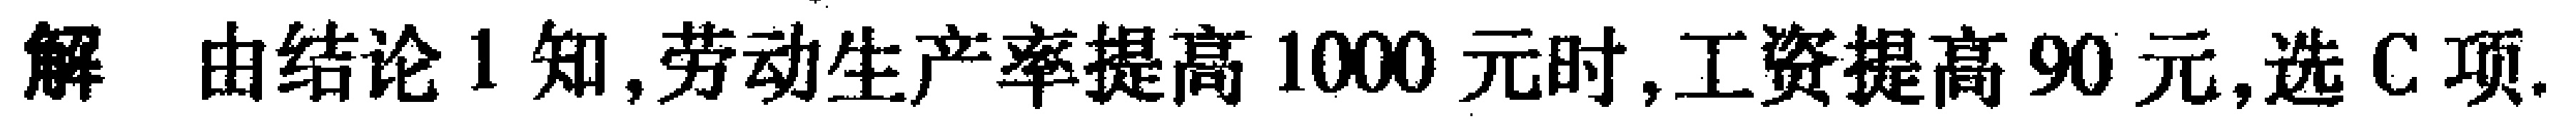
解 由结论1知,劳动生产率提高1000元时,工资提高90元,选C项.